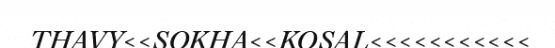
THAVY<<SOKHA<<KOSAL<<<<<<<<<<<